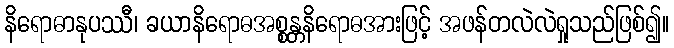
နိရောဓာနုပဿီ၊ ခယာနိရောဓအစ္စန္တနိရောဓအားဖြင့် အဖန်တလဲလဲရှုသည်ဖြစ်၍။